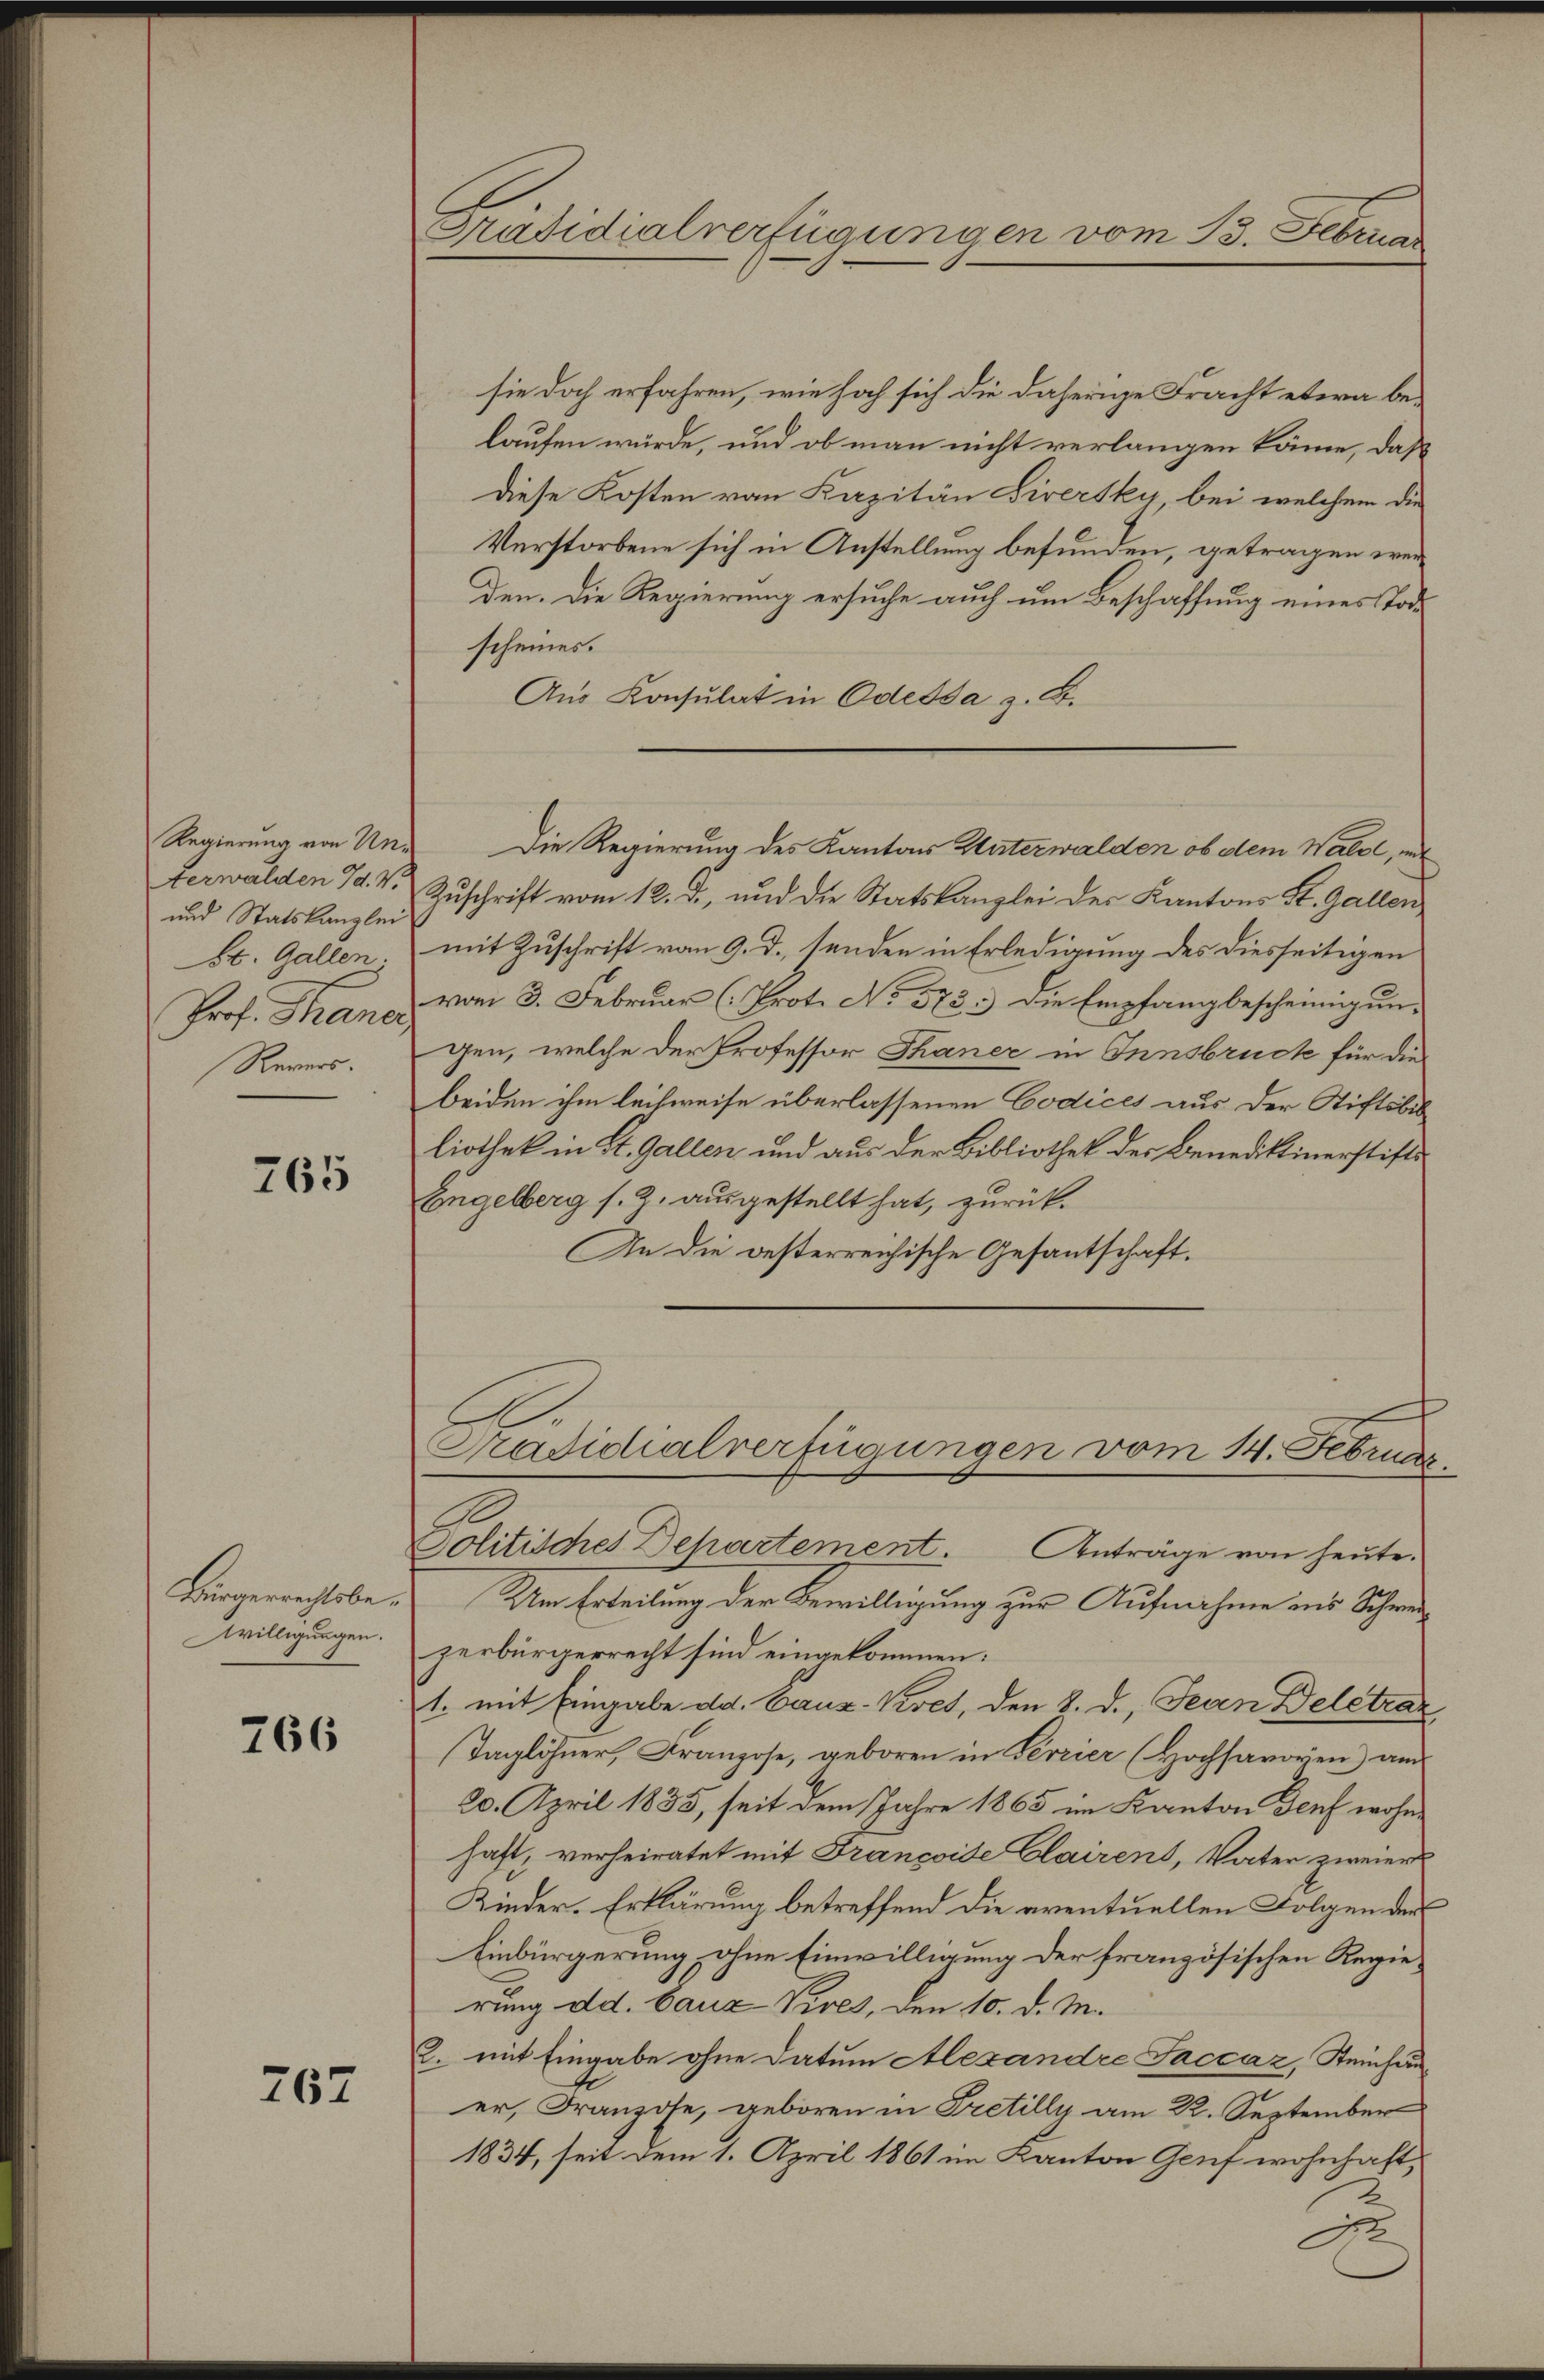
Regierung von Unterwalden Id. V.
und Statskanzlei
St. Gallen.
Revers.

765

Bürgerrechtsbe¬
Willigungen.

766

267

C
Präsidialverfügungen vom 23. Februa

sie doch erfahren, wie hoch sich die daherige Fracht etwa belaufen würde, und ob man nicht verlangen könne, daß
diese Kosten von Kapitän Siversky, bei welchem die
Verstorbene sich in Anstellung befunden, getragen werden. Die Regierung ersuche auch um Beschaffung eines Tode
scheines.
Aus Konsulat in Odessa z. B.
Die Regierung des Kantons Unterwalden, ob dem Waldl, mit
Zuschrift vom 12. d., und die Statskanzlei der Kantons St. Gallen
mit Zuschrift vom 9. d. senden in Erledigung des diesseitigen
Prof. Thantz vom 3. Februar (Prot. No 573.) Die Empfang bescheinigungen, welche der Professor Thaner in Innsbruck für die
beiden ihm leihweise überlassenen Codices aus der Stiftsbil
liothek in St. Gallen und aus der Bibliothek der Benediktinerstifti
Engelberg s. Z. ausgestellt hat, zurück¬
An die besterreichische Gesantschaft.
Präsidialverfügungen vom 14. Februar
b.
Jolitisches Dehartement Anträge von heŭte.
Um Erteilung der Bewilligung zur Aufnahme ins Schwerzerbürgerrecht sind eingekommen:
1. mit Eingabe dd. Canz-Kiset, den 8. d. Jean Deletrar
Taglöhner, Franzose, geboren in Terrier (Hochsavoyen am
20. April 1885, seit dem Jahre 1865 im Kanton Genf wohnhaft, verheiratet mit Françoide Clairens, Vater zweier
Kinder-Erklärung betreffend die eventuellen Folgen der
Einbürgerung, ohne Einwilligung der französischen Regierung d.d. bauz Vives, den 10. d. M.
2. mit Eingabe ohne Datum Alexandre Faccaz, Steinhauer, Franzose, geboren in Tretilly am 22. September
1834, seit dem 1. April 1861 im Kanton Genf wohnhaft,
I